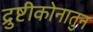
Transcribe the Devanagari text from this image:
द्रुष्टीकोनातुन